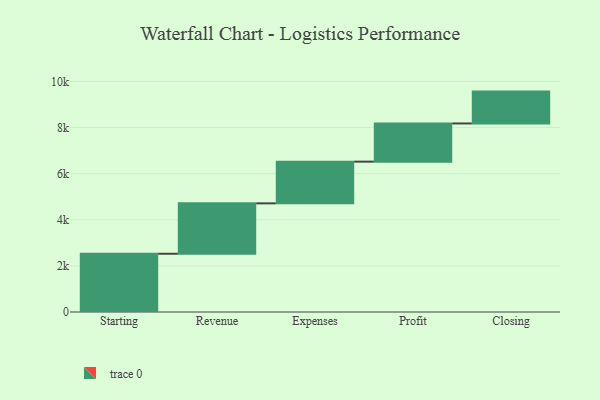
{"axis": {"x": "Step", "y": "Value"}, "legend": [""], "data": [{"x": "Starting", "y": 2526.0, "type": ""}, {"x": "Revenue", "y": 2185.0, "type": ""}, {"x": "Expenses", "y": 1809.0, "type": ""}, {"x": "Profit", "y": 1656.0, "type": ""}, {"x": "Closing", "y": 1381.0, "type": ""}]}